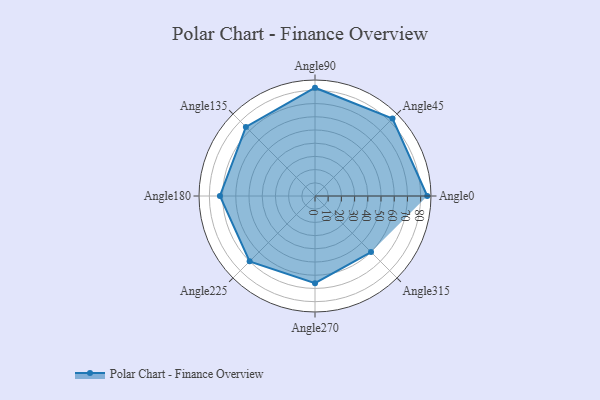
{"axis": {"x": "Angle", "y": "Radius"}, "legend": [""], "data": [{"x": "Angle0", "y": 85.0, "type": ""}, {"x": "Angle45", "y": 83.0, "type": ""}, {"x": "Angle90", "y": 82.0, "type": ""}, {"x": "Angle135", "y": 74.0, "type": ""}, {"x": "Angle180", "y": 72.0, "type": ""}, {"x": "Angle225", "y": 70.0, "type": ""}, {"x": "Angle270", "y": 66.0, "type": ""}, {"x": "Angle315", "y": 60.0, "type": ""}]}